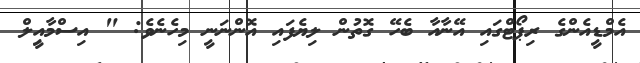
އެމްޑީއެންގެ ރިޕޯޓްގައި އޭނާއާ ބެހޭ ގޮތުން ލިޔެފައި އޮންނަނީ މިހެނެވެ: " އިސްމާއިީލް